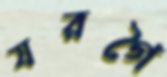
যরগৈ